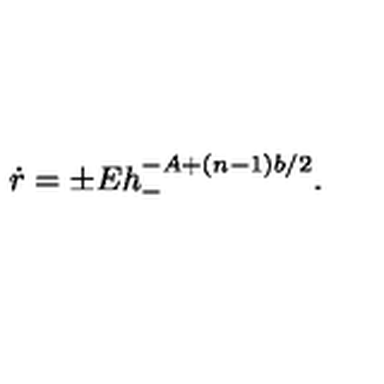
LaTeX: \dot { r } = \pm E h _ { - } ^ { - A + ( n - 1 ) b / 2 } .